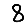
Digit: 8